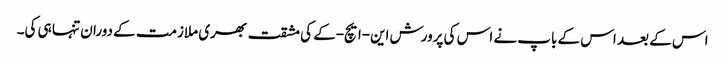
اس کے بعد اس کے باپ نے اس کی پرورش این-ایچ-کے کی مشقت بھری ملازمت کے دوران تنہا ہی کی۔